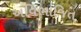
અવિભાજિત